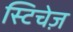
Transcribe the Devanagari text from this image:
स्टिचेज़